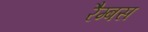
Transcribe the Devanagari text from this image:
रैम्बस